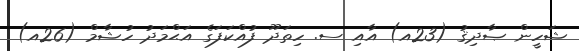
ޝަހީން ޞާދިޤު (23އ) އާއި ސ. ހިތަދޫ ފުއްކަފަގެ އަޙްމަދު ހުޝާމް (26އ)